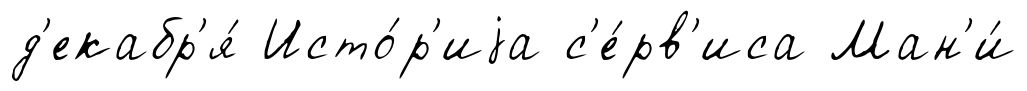
д'екабр'я́ Исто́р'иjа с'е́рв'иса Ман'и́